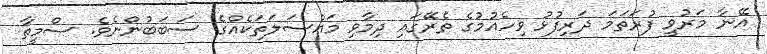
އޭނާ މަރުވީ ފުރަތަމަ ދަރިފުޅު ވިހެއުމުގެ ތެރޭގައި ދިމާވި މައްސަލަތަކެއްގެ ސަބަބުންނެވެ. ސްމީތާ